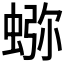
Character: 𰳉